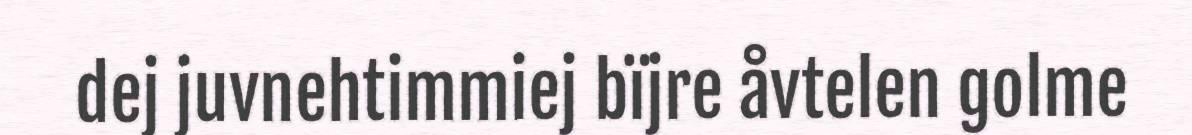
dej juvnehtimmiej bïjre åvtelen golme